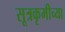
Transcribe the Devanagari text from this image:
सूत्रकृमीच्या